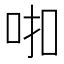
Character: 𰇗